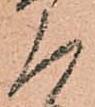
人